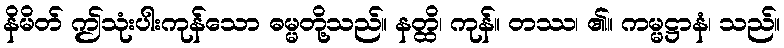
နိမိတ် ဤသုံးပါးကုန်သော ဓမ္မတို့သည်။ နတ္ထိ၊ ကုန်။ တဿ၊ ၏။ ကမ္မဋ္ဌာနံ၊ သည်။